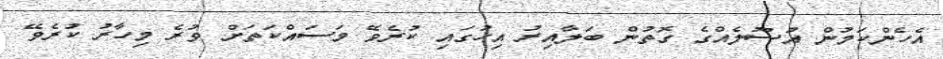
އެހެންކަމުން އުސޫލެއްގެ ގޮތުން ބަލާއިރު އިހުގައި ކުރެވޭ މަސައްކަތަށް ވުރެ މިހާރު ކުރެވޭ